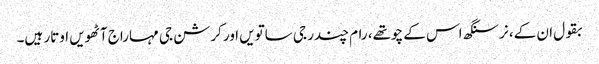
بقول ان کے، نرسنگھ اس کے چوتھے، رام چندر جی ساتویں اور کرشن جی مہاراج آٹھویں اوتار ہیں۔